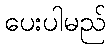
ပေးပါမည်